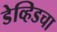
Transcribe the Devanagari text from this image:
डेव्हिडचा